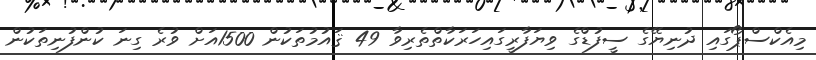
މިއެކްސްޕޯގައި ދުނިޔޭގެ ސީފުޑްގެ ވިޔަފާރީގައިހަރަކާތްތެރިވާ 49 ޤައުމުތަކުން 1500އަށް ވުރެ ގިނަ ކުންފުނިތަކުން